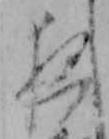
夜